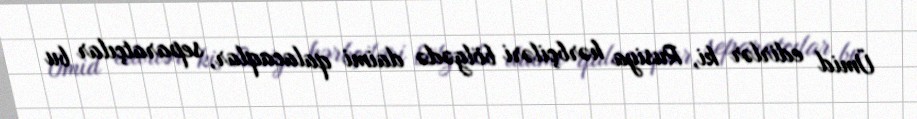
Ümid edirlər ki, Rusiya hərbçiləri bölgədə daimi qalacaqlar, separatçılar bu